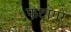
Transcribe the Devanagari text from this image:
फटांगरे